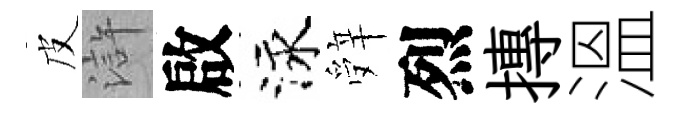
皮滸啟泳辤烈摶溫